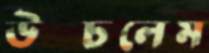
উপ্‌চলেম